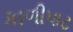
કાળીપાટ